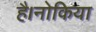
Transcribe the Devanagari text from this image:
है।नोकिया